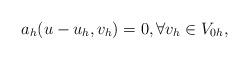
LaTeX: \begin{align*} a_h(u - u_h,v_h) = 0, \forall v_h \in V_{0h},\end{align*}